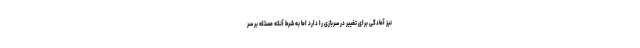
نیز آمادگی برای تغییر در سربازی را دارد اما به شرط آنکه مسئله بر سر